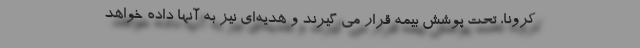
کرونا، تحت پوشش بیمه قرار می گیرند و هدیه‌ای نیز به آنها داده خواهد